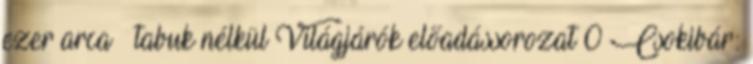
ezer arca – tabuk nélkül Világjárók előadássorozat 0 Csokibár: